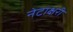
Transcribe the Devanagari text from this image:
नेटाक्षरी